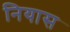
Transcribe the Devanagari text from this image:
नियास